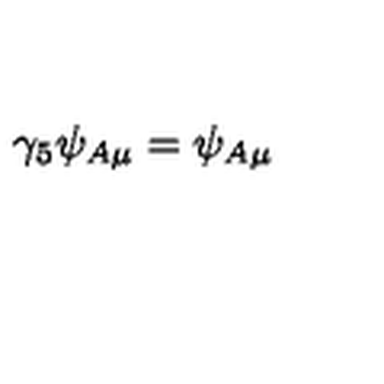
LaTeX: \gamma _ { 5 } \psi _ { A \mu } = \psi _ { A \mu }